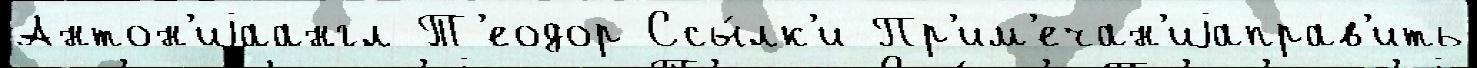
Антон'иjаангл Т'еодор Ссы́лк'и Пр'им'ечан'иjаправ'ить